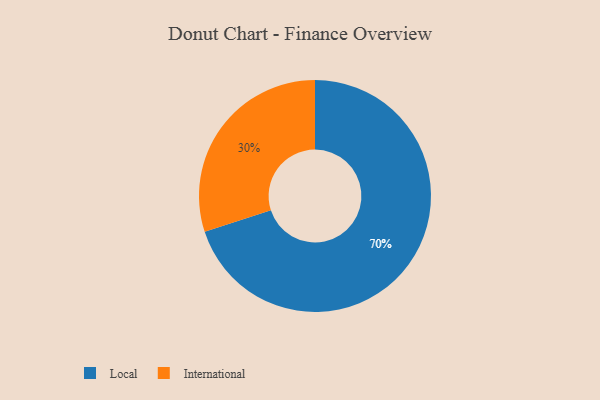
{"axis": {"x": "Category", "y": "Percentage"}, "legend": ["International", "Local"], "data": [{"x": "International", "y": 30, "type": "International"}, {"x": "Local", "y": 70, "type": "Local"}]}